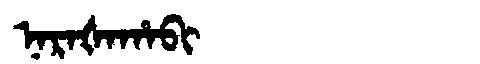
Manchu: ᠨᠠᡵᠠᡧᠠᡥᠠᠪᡳ
Romanization: NARAŠAHABI